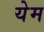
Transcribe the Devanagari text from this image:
येम